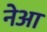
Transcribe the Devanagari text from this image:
नेआ